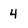
Character: 4